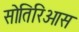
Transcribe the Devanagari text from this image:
सोतिरिओस